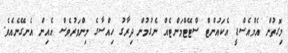
މިގޮތުން އެމްއެސްޑީ އެކައުންޓް ސްޓޭޓްމަންޓެއް ނެގުމުން ދިރާގު ހިއްސާގެ މިންވަރުވެސް އެއިން އެނގޭނެއެވެ.